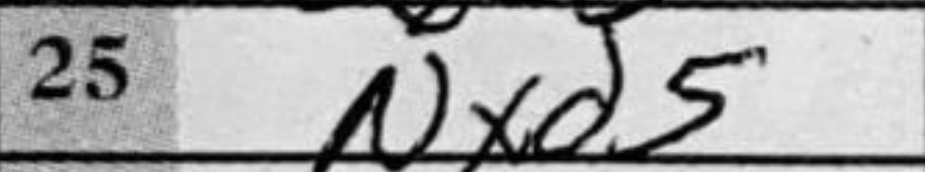
Transcription: Nxd5